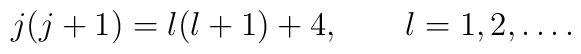
j(j+1)=l(l+1)+4,\qquad l=1,2,\ldots .